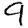
Digit: 9